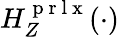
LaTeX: H_{Z}^{\mathrm{~p~r~l~x~}}(\cdot)